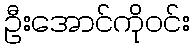
ဦးအောင်ကိုဝင်း